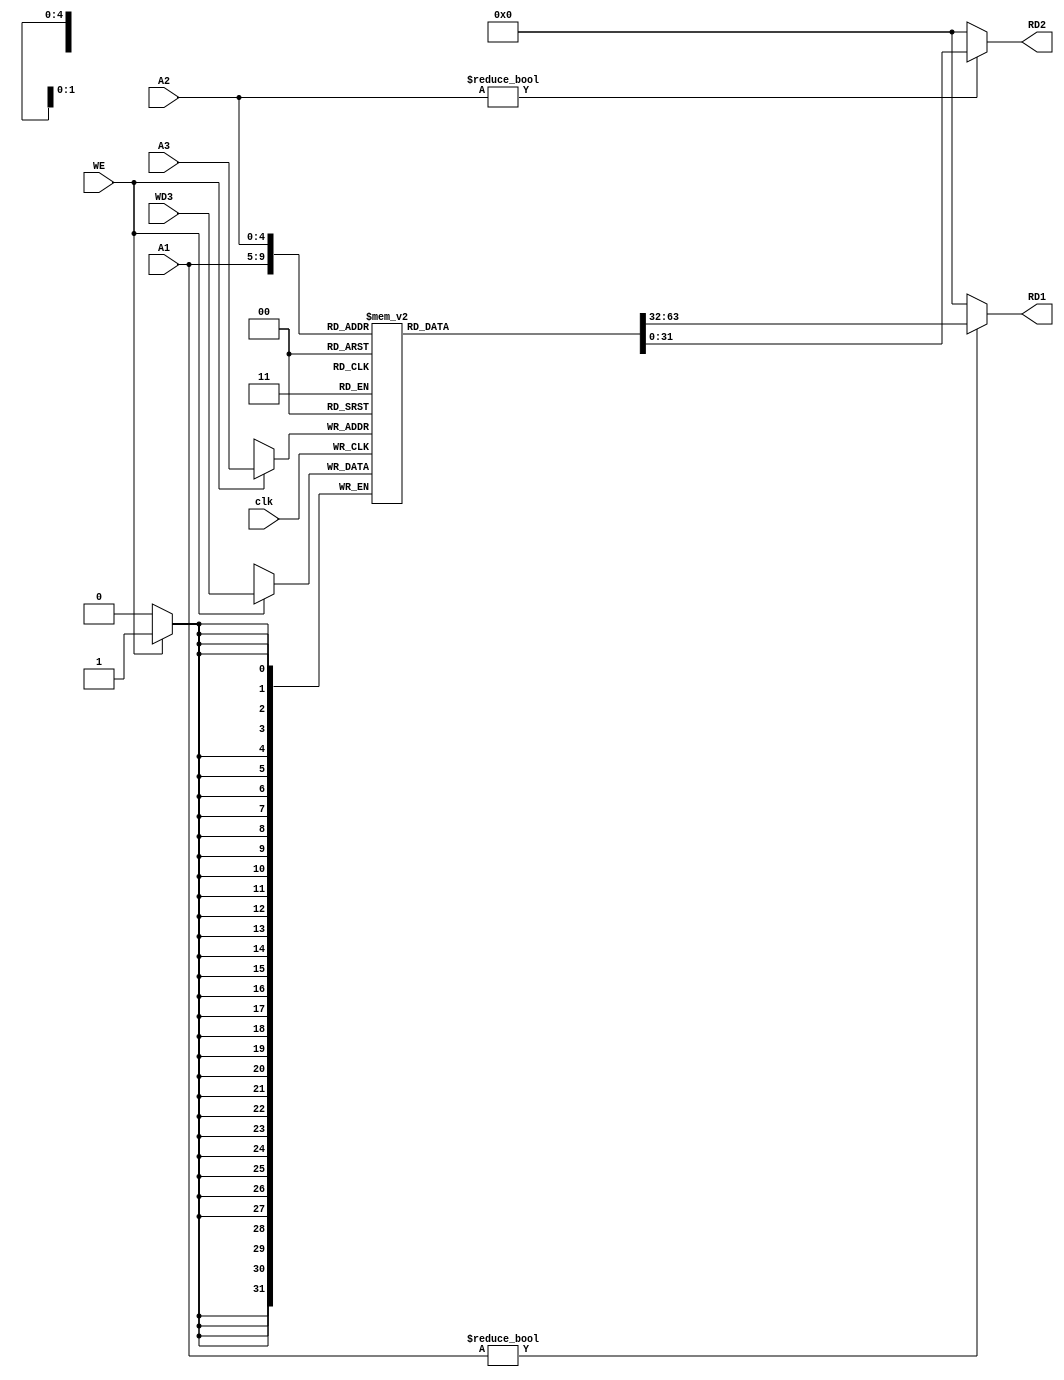
`timescale 1ns / 1ps

module rf_riscv(
    input clk,
    input WE,
    input [4:0] A1,
    input [4:0] A2,
    input [4:0] A3,
    input [31:0] WD3,
    output [31:0] RD1,
    output [31:0] RD2
    );
    
//    wire [31:0]write;
//    assign write = (A3) ? WD3 : 0;
    
    reg [31:0] RAM [0:31];
//    initial RAM[0] = 0;
    
    assign RD1 = (A1) ? RAM[A1] : 0;
    assign RD2 = (A2) ? RAM[A2] : 0;
    
    always @(posedge clk)
        if(WE) 
            RAM[A3] <= WD3;

endmodule